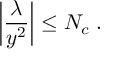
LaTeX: \left| \frac { \lambda } { y ^ { 2 } } \right| \leq N _ { c } \; .